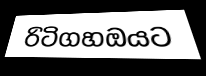
රිටිගහඔයට